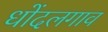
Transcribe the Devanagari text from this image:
धोंदलगाव